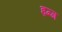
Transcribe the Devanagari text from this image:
इन्ग